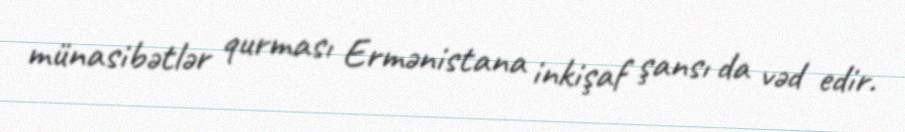
münasibətlər qurması Ermənistana inkişaf şansı da vəd edir.